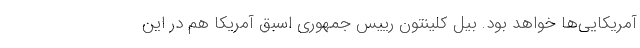
آمریکایی‌ها خواهد بود. بیل کلینتون رییس جمهوری اسبق آمریکا هم در این